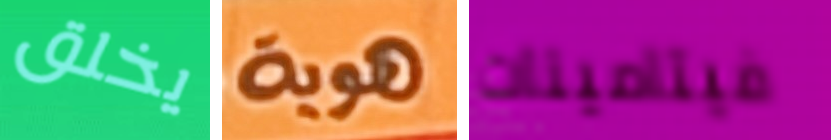
يخلق هويه فيتامينات